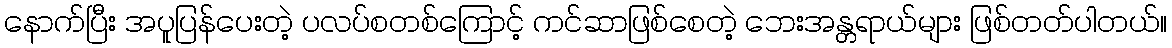
နောက်ပြီး အပူပြန်ပေးတဲ့ ပလပ်စတစ်ကြောင့် ကင်ဆာဖြစ်စေတဲ့ ဘေးအန္တရာယ်များ ဖြစ်တတ်ပါတယ်။